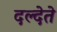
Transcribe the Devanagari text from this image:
दल्देते